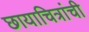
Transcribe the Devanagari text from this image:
छायाचित्रांची